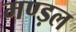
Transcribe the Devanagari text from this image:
मण्ड़ल